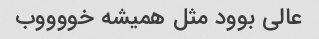
عالی بوود مثل همیشه خووووب